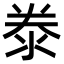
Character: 𬇦